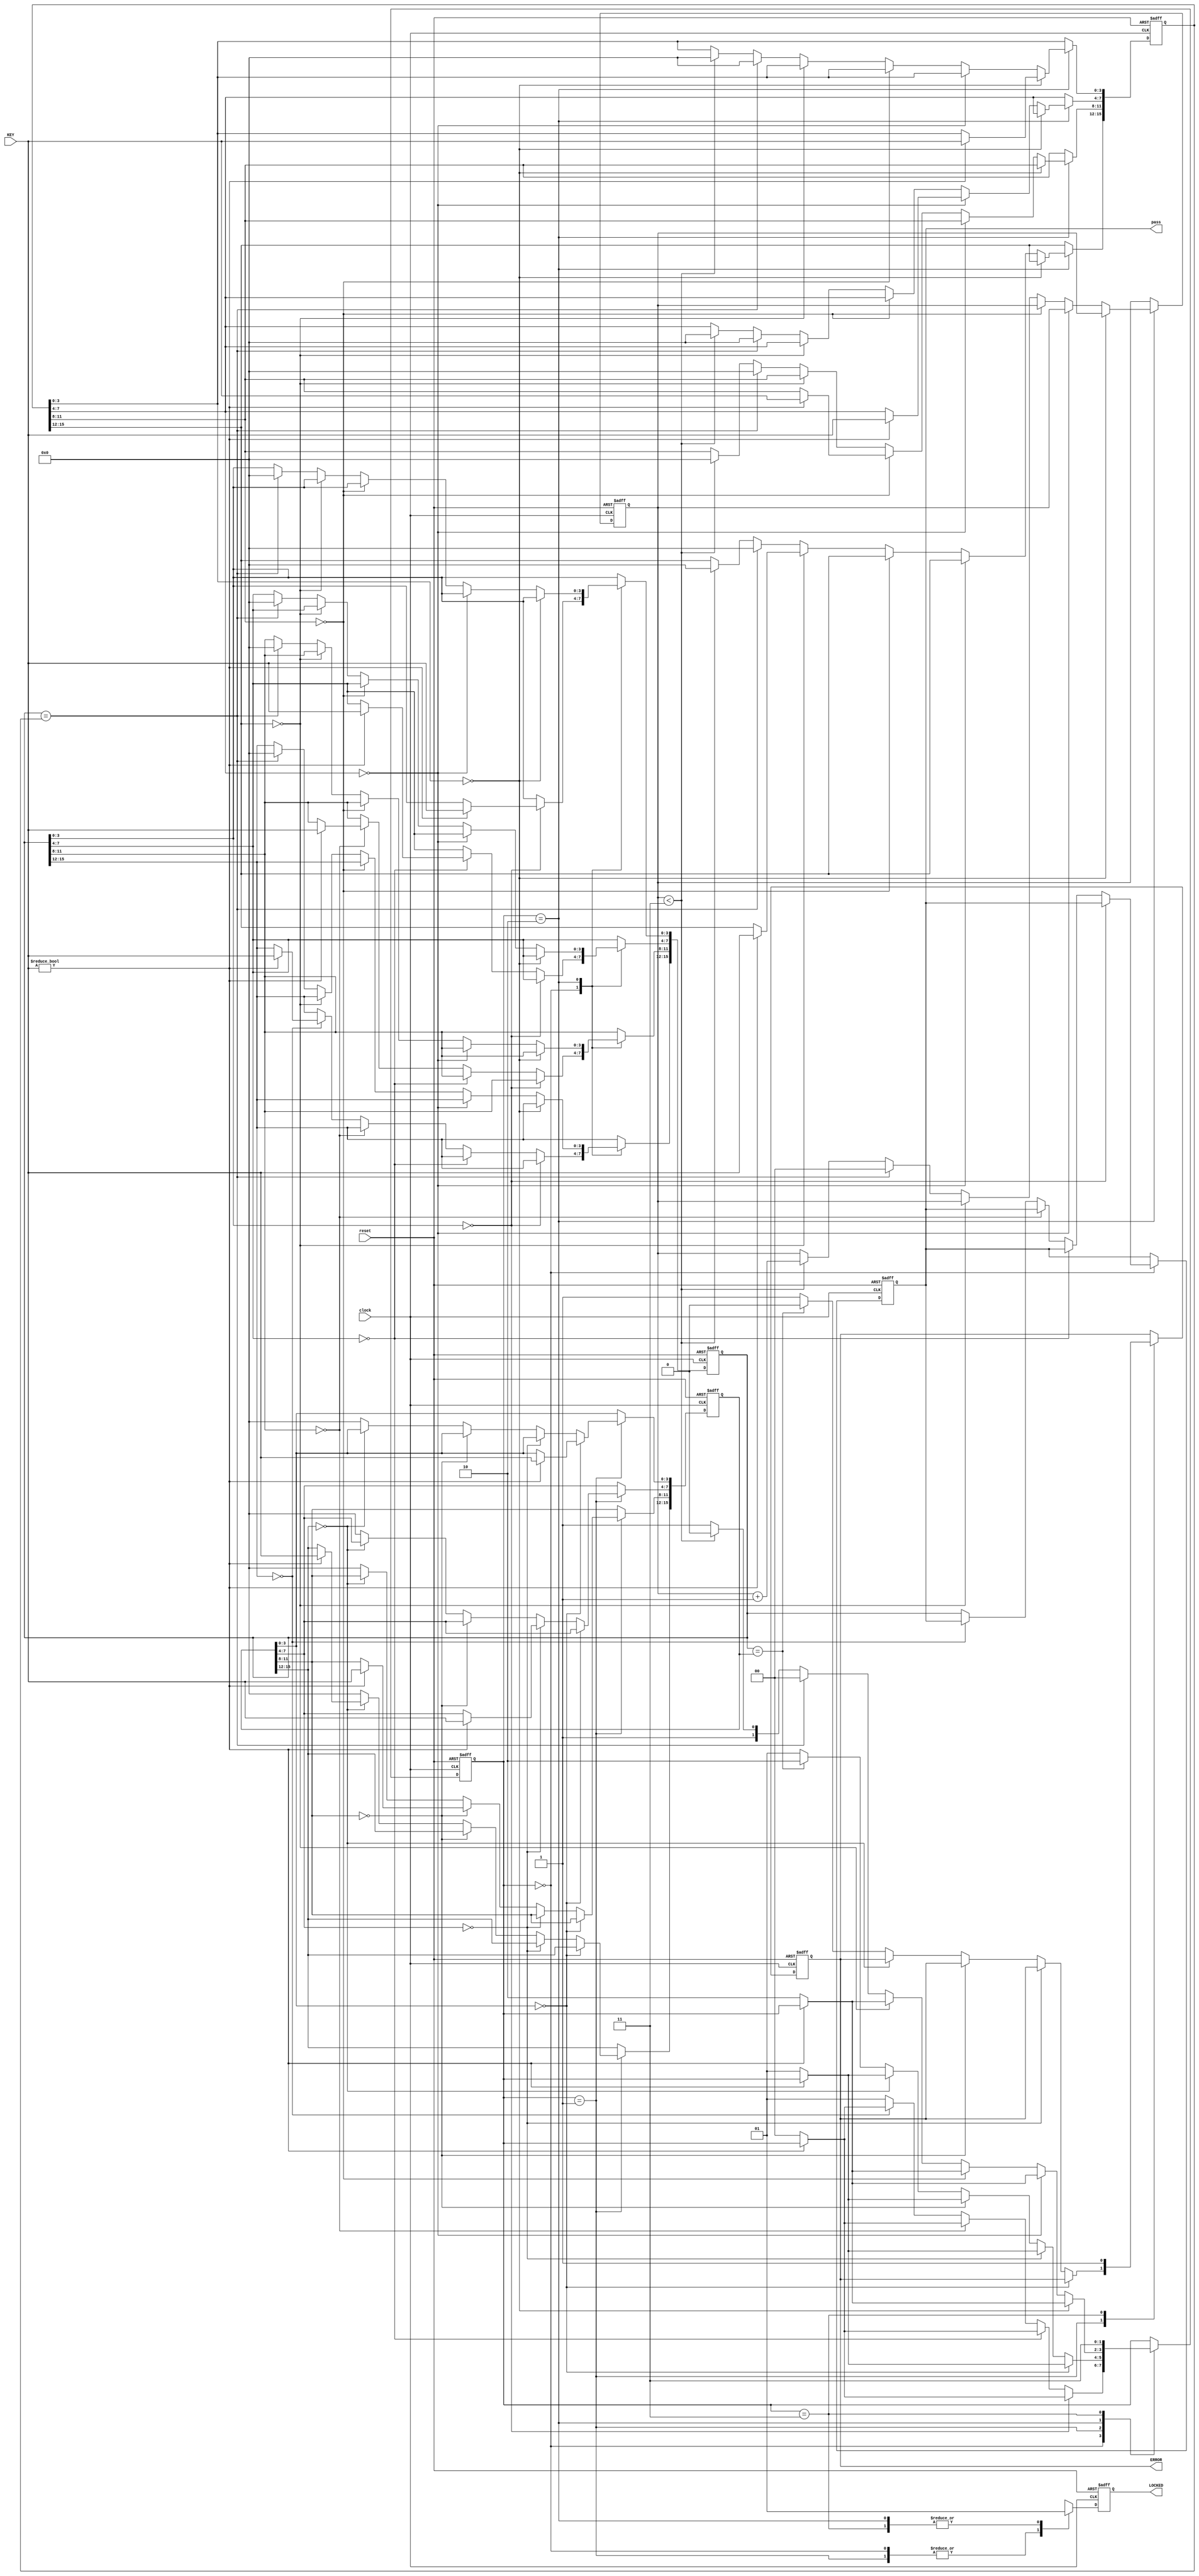
module DigitalLockFSM (
	input clock, 
	input reset,
	input [3:0] KEY,

	output reg LOCKED,
	output reg ERROR,
	output reg [15:0] pass					//for simulation only
); 

//State-Machine Registers
reg [1:0] state;
reg [15:0] password;
reg [15:0] passVerify;
reg [15:0] passUnlock;
reg [1:0] freezeCount;

//States
localparam SET = 2'b00;
localparam VERIFY = 2'b01;
localparam UNLOCK = 2'b10;
localparam FREEZE = 2'b11;

always @ (posedge clock or posedge reset) begin

	if (reset) begin
		pass <= 16'b0;
		LOCKED <= 1'b0;
		password <= 16'b0;
		passVerify <= 16'b0;
		passUnlock <= 16'b0;
		freezeCount <= 2'b0;
		ERROR <= 1'b0;
		state <= SET;
	end else begin
		case(state)
			
		SET: begin									//unlocked state of the lock, allowes the user to set the password
			LOCKED <= 1'b0;
			if(password[3:0] == 4'b0) begin	//check if password has been set. If not begin setting it
				if(KEY) begin						//wait for key press
					password[3:0] <= KEY;			//load in first key for the combination
				end else begin
					state <= SET;
				end
			end else if (password[7:4] == 4'b0) begin 
				if(KEY) begin
					password[7:4] <= KEY;
				end else begin
					state <= SET;
				end 
			end else if (password[11:8] == 4'b0) begin 
				if(KEY) begin
					password[11:8] <= KEY;
				end else begin
					state <= SET;
				end 	
			end else if (password[15:12] == 4'b0) begin 
				if(KEY) begin
					password[15:12] <= KEY;
				end else begin
					state <= SET;
				end 
			end else begin
				pass <= password;
				state <= VERIFY;				//when the entire combination is set, go to next state
			end
		end
		
		VERIFY: begin		//combination must be typed in a second time and verified that it matches the first
			LOCKED <= 1'b0;
			if(passVerify[3:0] == 4'b0) begin	//check if passVerify  has been set. If not begin setting it
				if(KEY) begin						//wait for key press
					passVerify[3:0] <= KEY;			//load in first key for the combination
				end else begin
					state <= VERIFY;
				end
			end else if (passVerify[7:4] == 4'b0) begin 
				if(KEY) begin
					passVerify[7:4] <= KEY;
				end else begin
					state <= VERIFY;
				end 
			end else if (passVerify[11:8] == 4'b0) begin 
				if(KEY) begin
					passVerify[11:8] <= KEY;
				end else begin
					state <= VERIFY;
				end 	
			end else if (passVerify[15:12] == 4'b0) begin 
				if(KEY) begin
					passVerify[15:12] <= KEY;
				end else begin
					state <= VERIFY;
				end 
			end else if (password == passVerify) begin	//once passVerify is set, check if it matches the password
				ERROR <= 1'b0;										//clear error flag in case it got set
				passVerify <= 16'b0;								//clear passVerify
				state <= UNLOCK;									//go to next state
			end else begin											//else set the error flag high and try verify again
				ERROR <= 1'b1;
				passVerify <= 16'b0;								//clear passVerify so it can be set again
				state <= VERIFY;		
			end	
		end
		
		UNLOCK: begin									//lock is locked until a correct combination is typed in
			LOCKED <= 1'b1;							// set LOCKED flag high this time
			if(passUnlock[3:0] == 4'b0) begin	//check if passUnlock  has been set. If not begin setting it
				if(KEY) begin						//wait for key press
					passUnlock[3:0] <= KEY;			//load in first key for the combination
				end else begin
					state <= UNLOCK;
				end
			end else if (passUnlock[7:4] == 4'b0) begin 
				if(KEY) begin
					passUnlock[7:4] <= KEY;
				end else begin
					state <= UNLOCK;
				end 
			end else if (passUnlock[11:8] == 4'b0) begin 
				if(KEY) begin
					passUnlock[11:8] <= KEY;
				end else begin
					state <= UNLOCK;
				end 	
			end else if (passUnlock[15:12] == 4'b0) begin 
				if(KEY) begin
					passUnlock[15:12] <= KEY;
				end else begin
					state <= UNLOCK;
				end 
			end else if (password == passUnlock) begin	//once passUnlock is set, check if it matches the password
				password <= 16'b0;								//Clear password so it can be set again
				freezeCount <= 2'b0;							//clear freeze counter
				passUnlock <= 16'b0;								//clear passUnlock so it can be set again
				state <= SET;									// unlock the lock and go back to the SET state
			end else if (freezeCount < 3) begin								//else stay in this state until the right combination is typed				
				passUnlock <= 16'b0;								//clear passUnlock so it can be set again
				freezeCount <= freezeCount + 2'b1;
				state <= UNLOCK;
			end else begin
				state <= FREEZE;
			end
		end
		
		FREEZE: begin								//device frozen flagging both error and locked until it is hard reset
			LOCKED <= 1'b1;
			ERROR <= 1'b1;
			state <= FREEZE;
		end
		
		endcase
	end
end

endmodule